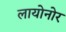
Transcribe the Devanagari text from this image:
लायोनोर